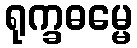
ရုက္ခဓမ္မေ